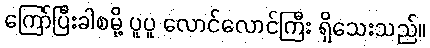
ကြော်ပြီးခါစမို့ ပူပူ လောင်လောင်ကြီး ရှိသေးသည်။